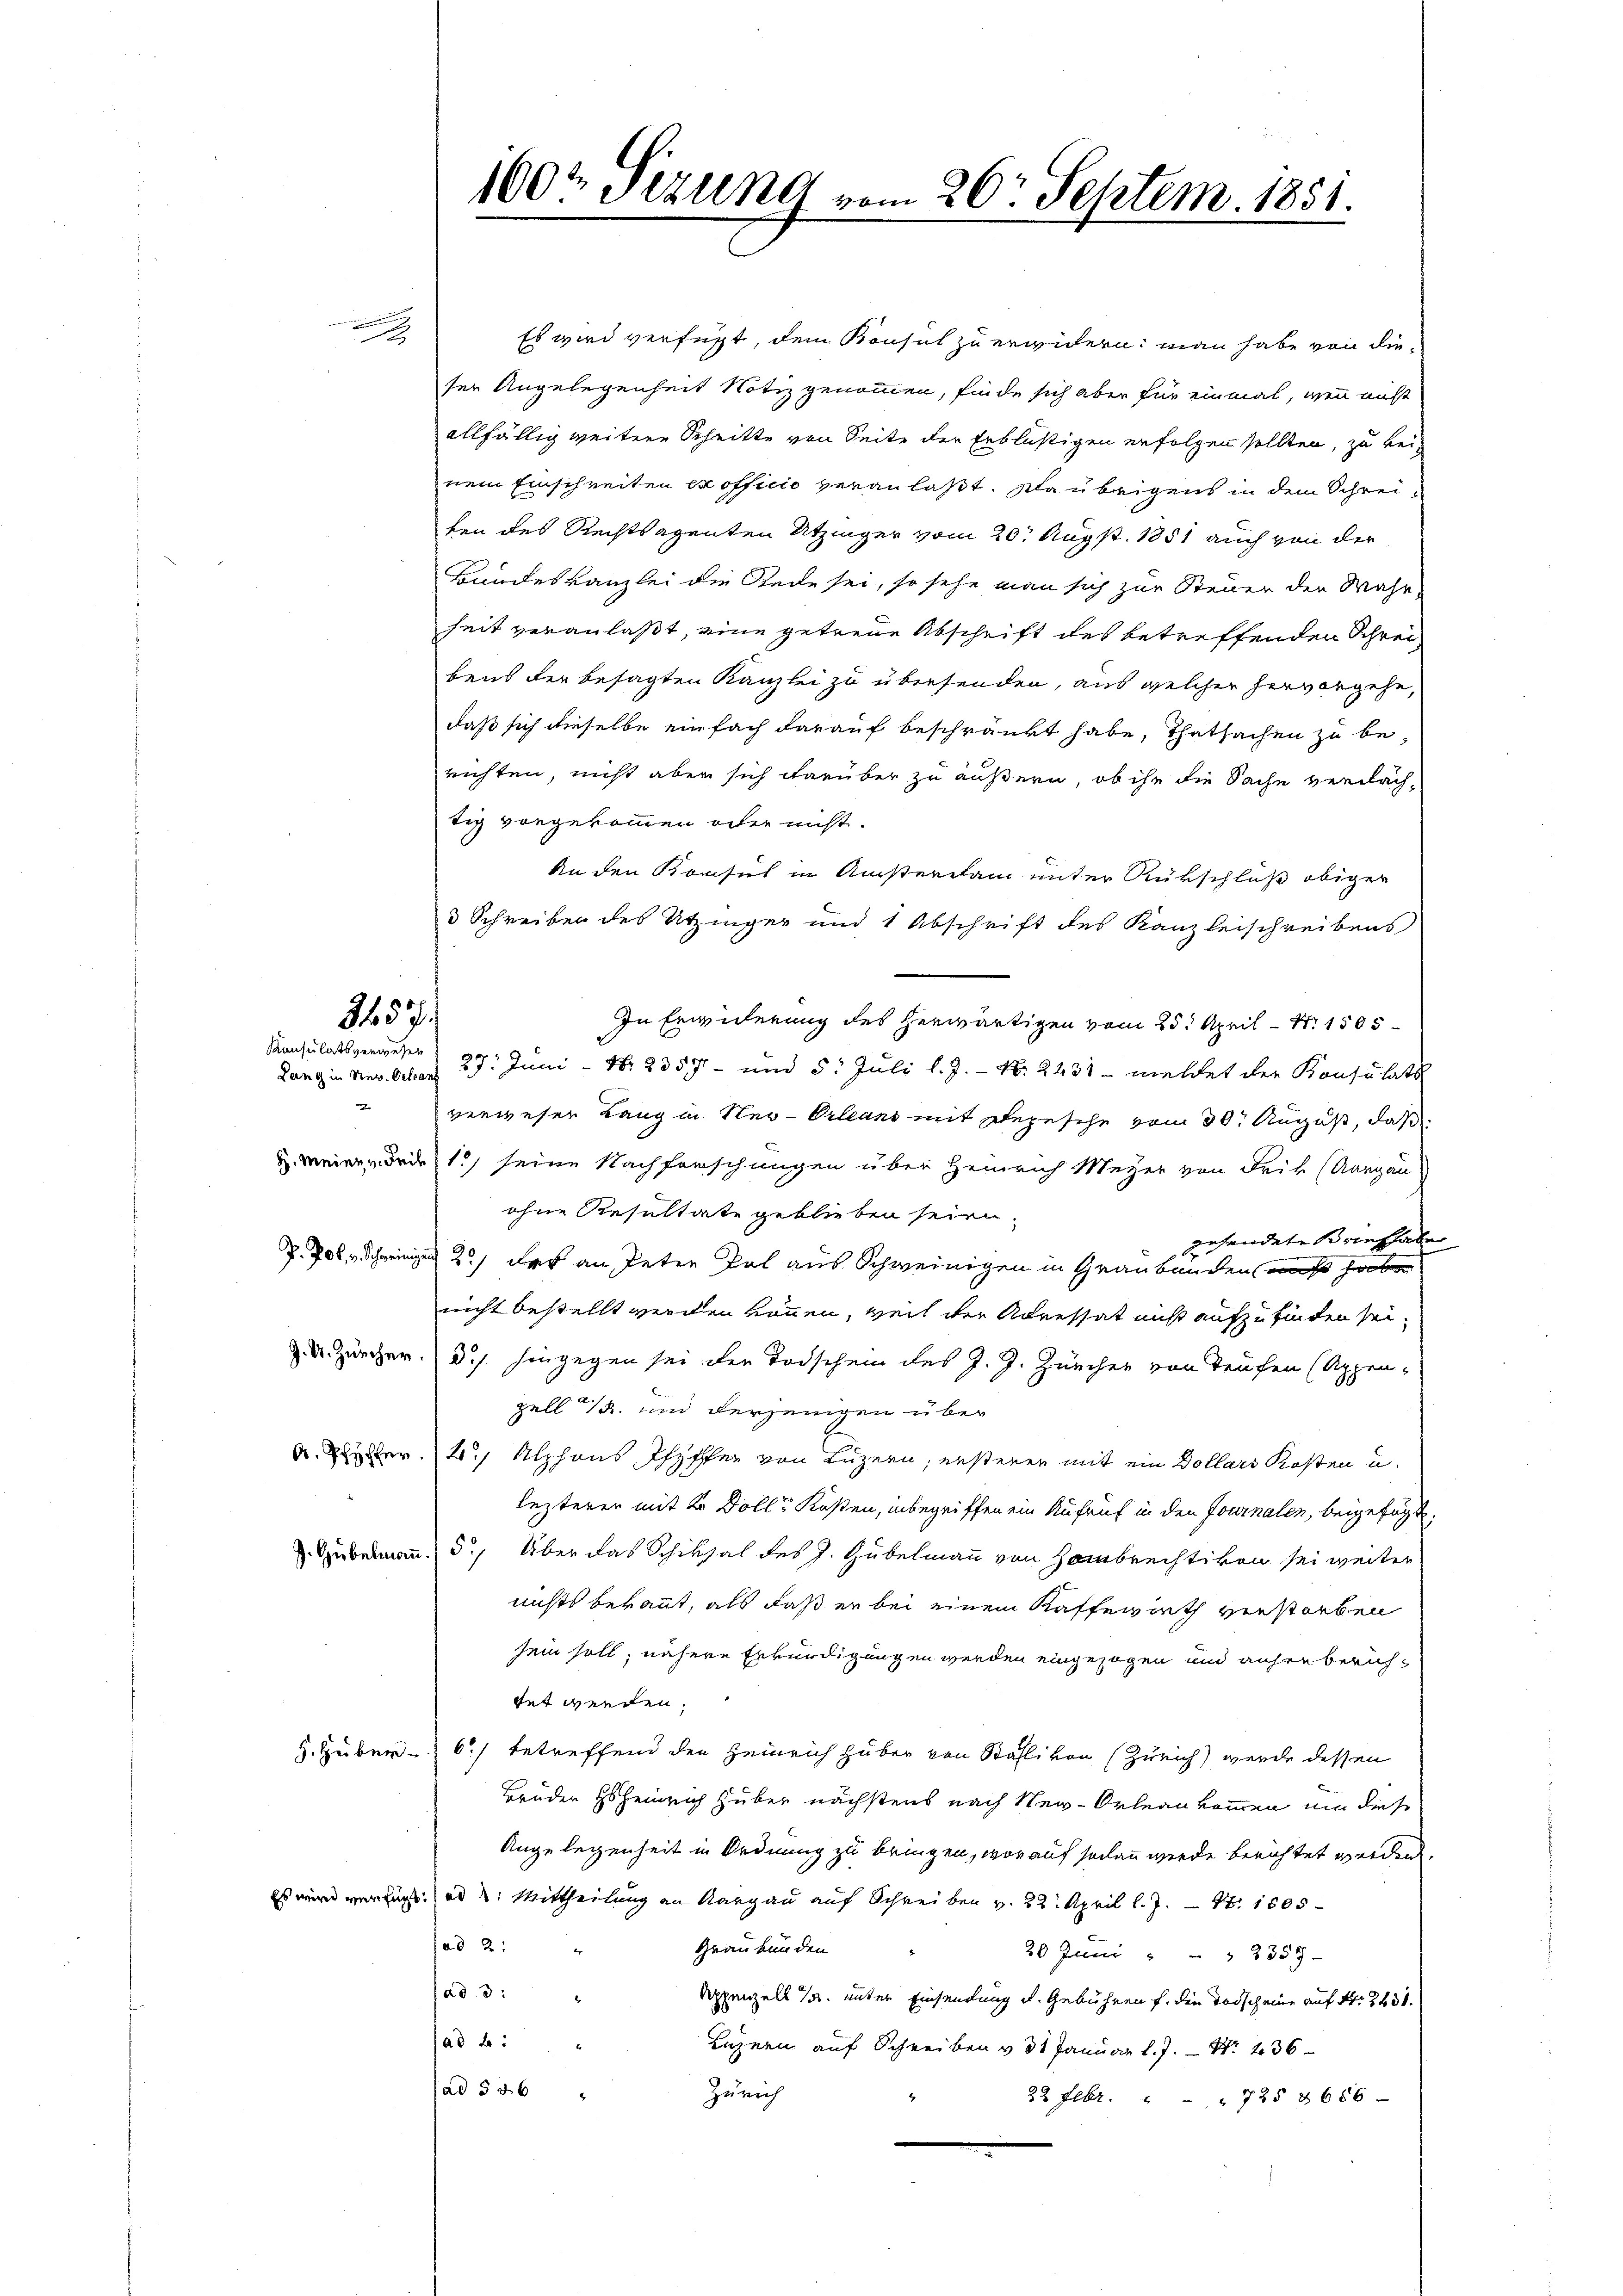
Konsulatsverwesen
2

Es wird verfügt, dem Konsul zu erwidern: man habe von dieser Angelegenheit Notiz genommen, finde sich aber für einmal, wenn nicht
allfällig weitere Schritte von Seite der Erbläßigen erfolgen sollten, zu beinem Einschreiten ex officio veranlaßt. Na übrigens in dem Schreifen des Rechtsagenten Utzinger vom 20. Augst. 1851 auch von der
Bundeskanzlei die Rede sei, so sehe man sich zur Steuer der Wahr-
heit veranlaßt, eine getreue Abschrift des betreffenden Schreibens der besagten Kanzlei zu übersenden, aus welcher hervorgehe,
daß sich dieselbe einfach darauf beschränkt habe, Thatsachen zu berichten, nicht aber sich darüber zu äußern, ob ihn die Sache verdachtig vorgekommen oder nicht.
An den Konsul in Anstersam unter Rükschluß obiger
3 Schreiben des Utzinger und 1 Abschrift des Kanzleischreibens
In Erwiderung des herwärtigen vom 25. April - Nr. 1505
Lang in Sav. Schon 37. Juni - Nr. 2357 - und 5. Juli l. J. - No. 2431 - meldet der Konsulats
verweser Lang in Neu-Orleans mit Depesche vom 30. August, daß
 meinen der 1) seine Nachforschungen über Heinrich Meyer von Frik (Aargau
ohne Resultate geblieben seien.
gehendete Brieface
P. Joh. Schweinigen 2) das an Peten Pal aus Schweinigen in Graubünden muß haben
nicht bestellt werden können, weil der Adressat nicht aufzufinden sei.
 X. Zürcher. d. hingegen sei der Todschein des J. J. Zürcher von Teufen (Appen-
zell 15 und derjenigen über
A.er 4. Alphons, Pfyffer von Luzern, ersterer mit ein Dollars Kosten u.
lezterer mit 2 Dolle Kosten, inbegriffen ein Aufruf in den Journalen, beigefügt:
.Hubermann. 5. Über das Schiksal des J. Gubelmann von Hombrechtikon sei weiter
nichts bekannt, als daß er bei einem Kaffewirth verstorben
sein soll, nähere Erkundigungen werden eingezogen und anher berichtet werden.
H. Huber 6) betreffend den Heinrich Huber von Stalli von Zürich) wurde dessen
Brüder Hoheinrich Huber nächstens nach Neu-Orlean kommen um diese
Angelegenheit in Ordnung zu bringen, worauf sodann werde berichtet werden.
Es wird verfügt ad 2. Mittheilung an Aargau auf Schreiben v. 22. April l. J. Nr. 1805
ad 2:
Graubünden
20 Juni " " 2357-
ad 3:
Appenzell 15. unter Einsendung d. Gebühren f. den Todscheine auf Nr. 3431.
sad b.
Luzern auf Schreiben v. 31 Januar l. J. Nr. 236
ad § 56
Zürich
22 Febr. " " 725 2686-

3437.

100r Sizung vom 26. Septem. 1851.

e